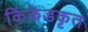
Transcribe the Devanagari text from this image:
किंकेडकृत